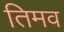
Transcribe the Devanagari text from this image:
तिमव